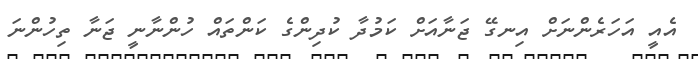
އެއީ އަހަރެންނަށް އިނގޭ ޖަނާއަށް ކަމުދާ ކުދިންގެ ކަންތައް ހުންނާނީ ޖަނާ ތިހުންނަ